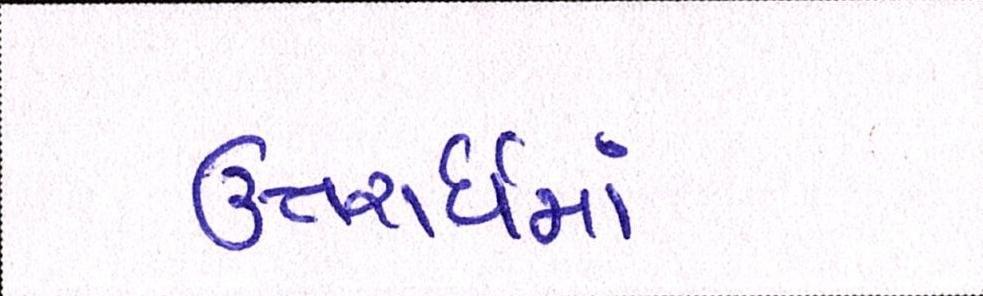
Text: ઉત્તરાર્ધમાં